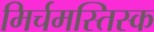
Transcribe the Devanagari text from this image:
मिर्चमस्तिस्क